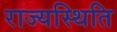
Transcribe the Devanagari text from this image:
राज्यस्थिति